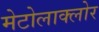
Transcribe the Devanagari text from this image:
मेटोलाक्‍लोर